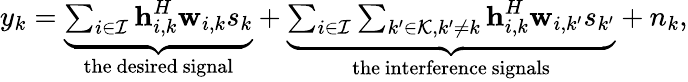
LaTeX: \begin{array}{r}{y_{k}=\underbrace{\sum_{i\in\mathcal{I}}{\textbf{h}}_{i,k}^{H}\textbf{w}_{i,k}{s}_{k}}_{\mathrm{the~desired~signal}}+\underbrace{\sum_{i\in\mathcal{I}}\sum_{k^{\prime}\in\mathcal{K},k^{\prime}\ne k}{\textbf{h}}_{i,k}^{H}\textbf{w}_{i,k^{\prime}}{s}_{k^{\prime}}}_{\mathrm{the~interference~signals}}+n_{k},}\end{array}